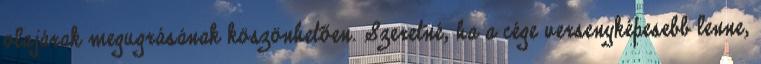
olajárak megugrásának köszönhetően. Szeretné, ha a cége versenyképesebb lenne,